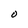
Character: O